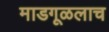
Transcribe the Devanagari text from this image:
माडगूळलाच